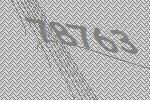
78763